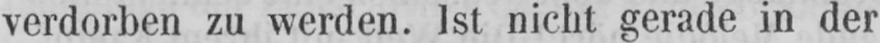
verdorben zu werden. Ist nicht gerade in der